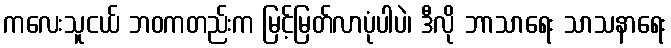
ကလေးသူငယ် ဘဝကတည်းက မြင့်မြတ်လာပုံပါပဲ၊ ဒီလို ဘာသာရေး သာသနာရေး